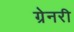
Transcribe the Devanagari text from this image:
ग्रेनरी